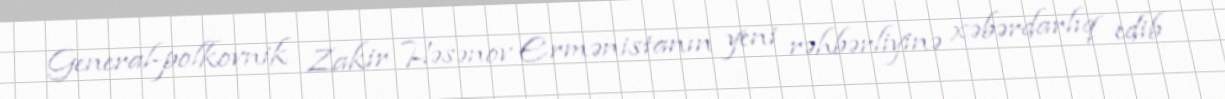
General-polkovnik Zakir Həsənov Ermənistanın yeni rəhbərliyinə xəbərdarlıq edib